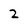
Character: 2